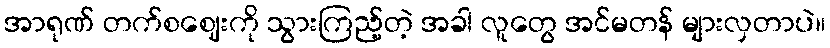
အာရုဏ် တက်စဈေးကို သွားကြည့်တဲ့ အခါ လူတွေ အင်မတန် များလှတာပဲ။